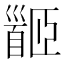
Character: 𩠡